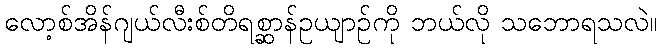
လော့စ်အိန်ဂျယ်လီးစ်တိရစ္ဆာန်ဥယျာဉ်ကို ဘယ်လို သဘောရသလဲ။